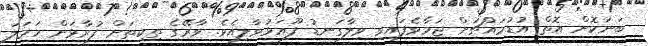
ބަނަކޮށް އޮތް އުޑުމައްޗަށް ޖަމާވެފައިވި ވިލާގަނޑު ފޫއަޅުވާލިއެވެ. ވާރޭގެ ތިކިތަށް ފުރާޅަށް ހަމަލަ